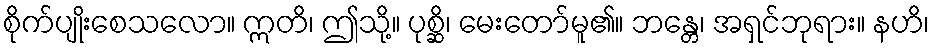
စိုက်ပျိုးစေသလော။ ဣတိ၊ ဤသို့။ ပုစ္ဆိ၊ မေးတော်မူ၏။ ဘန္တေ၊ အရှင်ဘုရား။ နဟိ၊